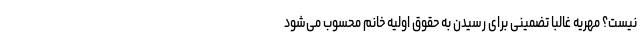
نیست؟ مهریه غالبا تضمینی برای رسیدن به حقوق اولیه خانم محسوب می‌شود